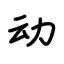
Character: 动